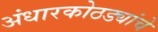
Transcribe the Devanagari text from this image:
अंधारकोठड्यांचे